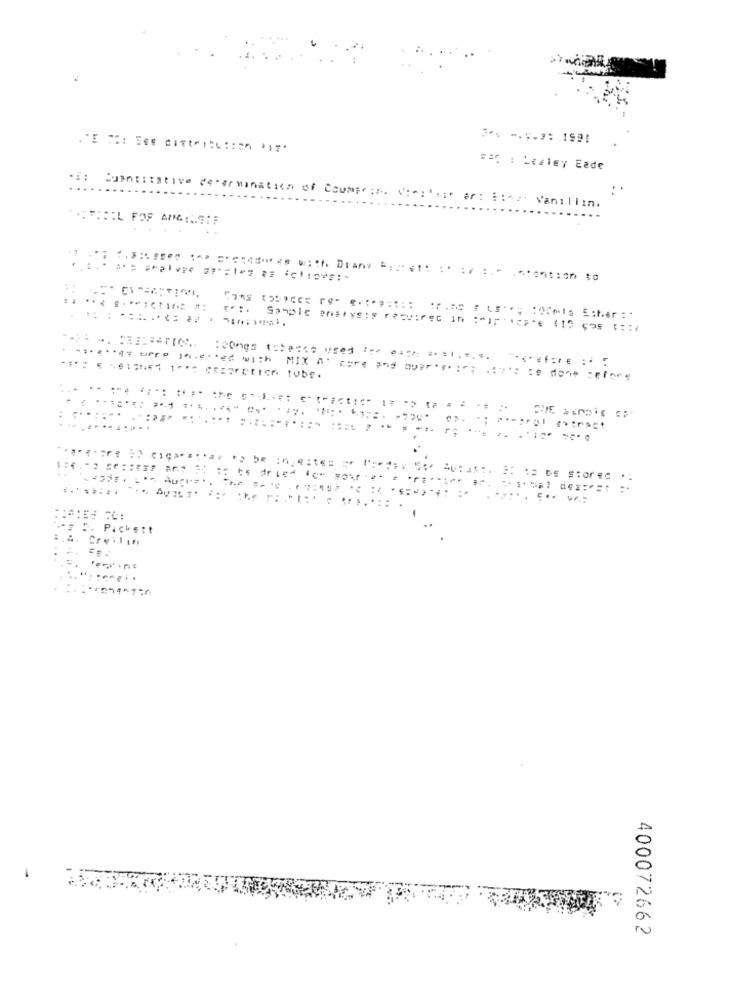
== C : Lealey Eade
.i: Cuantitativo determination of Ccumprir. ( :*: ' :;. ar: i:^; Vanillin.
TI:IL FOF AMG:LEIF
.....
. .
. ...::.. ...... ...... ....:-**::
........
=..
.. .. Pickett
Creilin
400072662